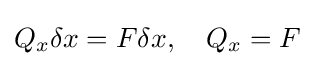
Q_{x}\delta x=F\delta x,\quad Q_{x}=F